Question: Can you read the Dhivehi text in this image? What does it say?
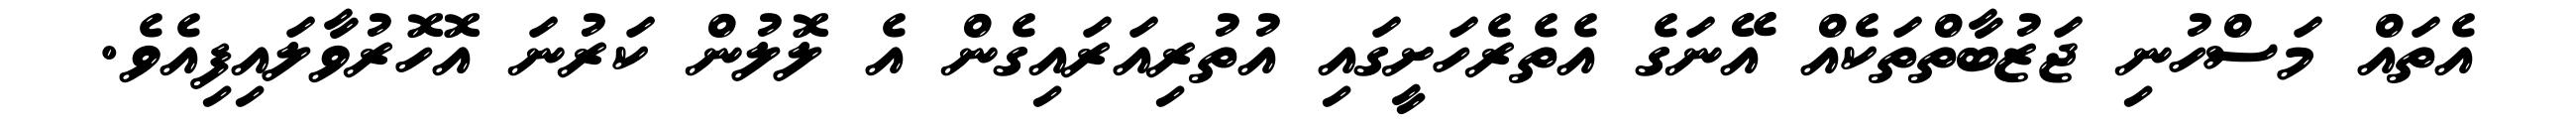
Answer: އެތައް މަސްހުނި ޖަޒުބާތްތަކެއް އޭނަގެ އެތެރެހަށީގައި އުތުރިއަރައިގެން އެ ލޮލުން ކަރުނަ އޮހޮރުވާލައިފިއެވެ.